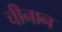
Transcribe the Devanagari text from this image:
चीनान